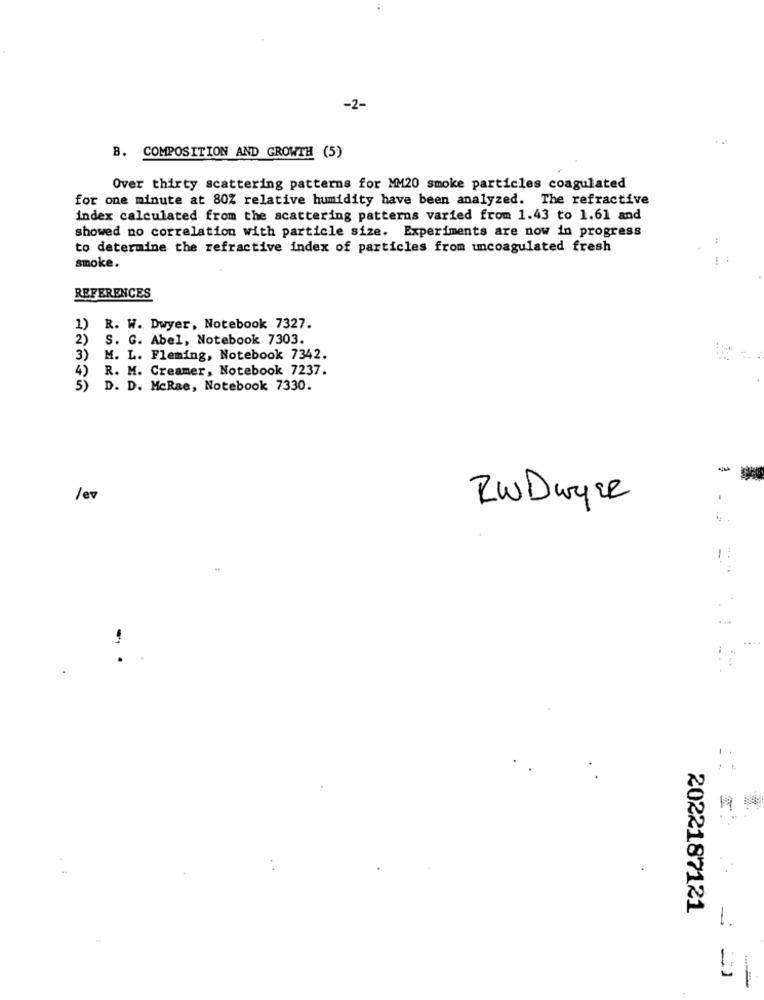
-2-
. .
B. COMPOSITION AND GROWTH (5)
Over thirty scattering patterns for MM20 smoke particles coagulated
for one minute at 80% relative humidity have been analyzed. The refractive
index calculated from the scattering patterns varied from 1.43 to 1.61 and
showed no correlation with particle size. Experiments are now in progress
44
to determine the refractive index of particles from uncoagulated fresh
smoke.
REFERENCES
1)
R. W. Dwyer, Notebook 7327.
2)
S. G. Abel, Notebook 7303.
3)
M. L. Fleming, Notebook 7342.
4) R. M. Creamer, Notebook 7237.
5)
D. D. McRae, Notebook 7330.
/ev
RWDwyer
1
:
2022187121
1